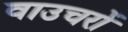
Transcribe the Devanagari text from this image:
वाउचरों